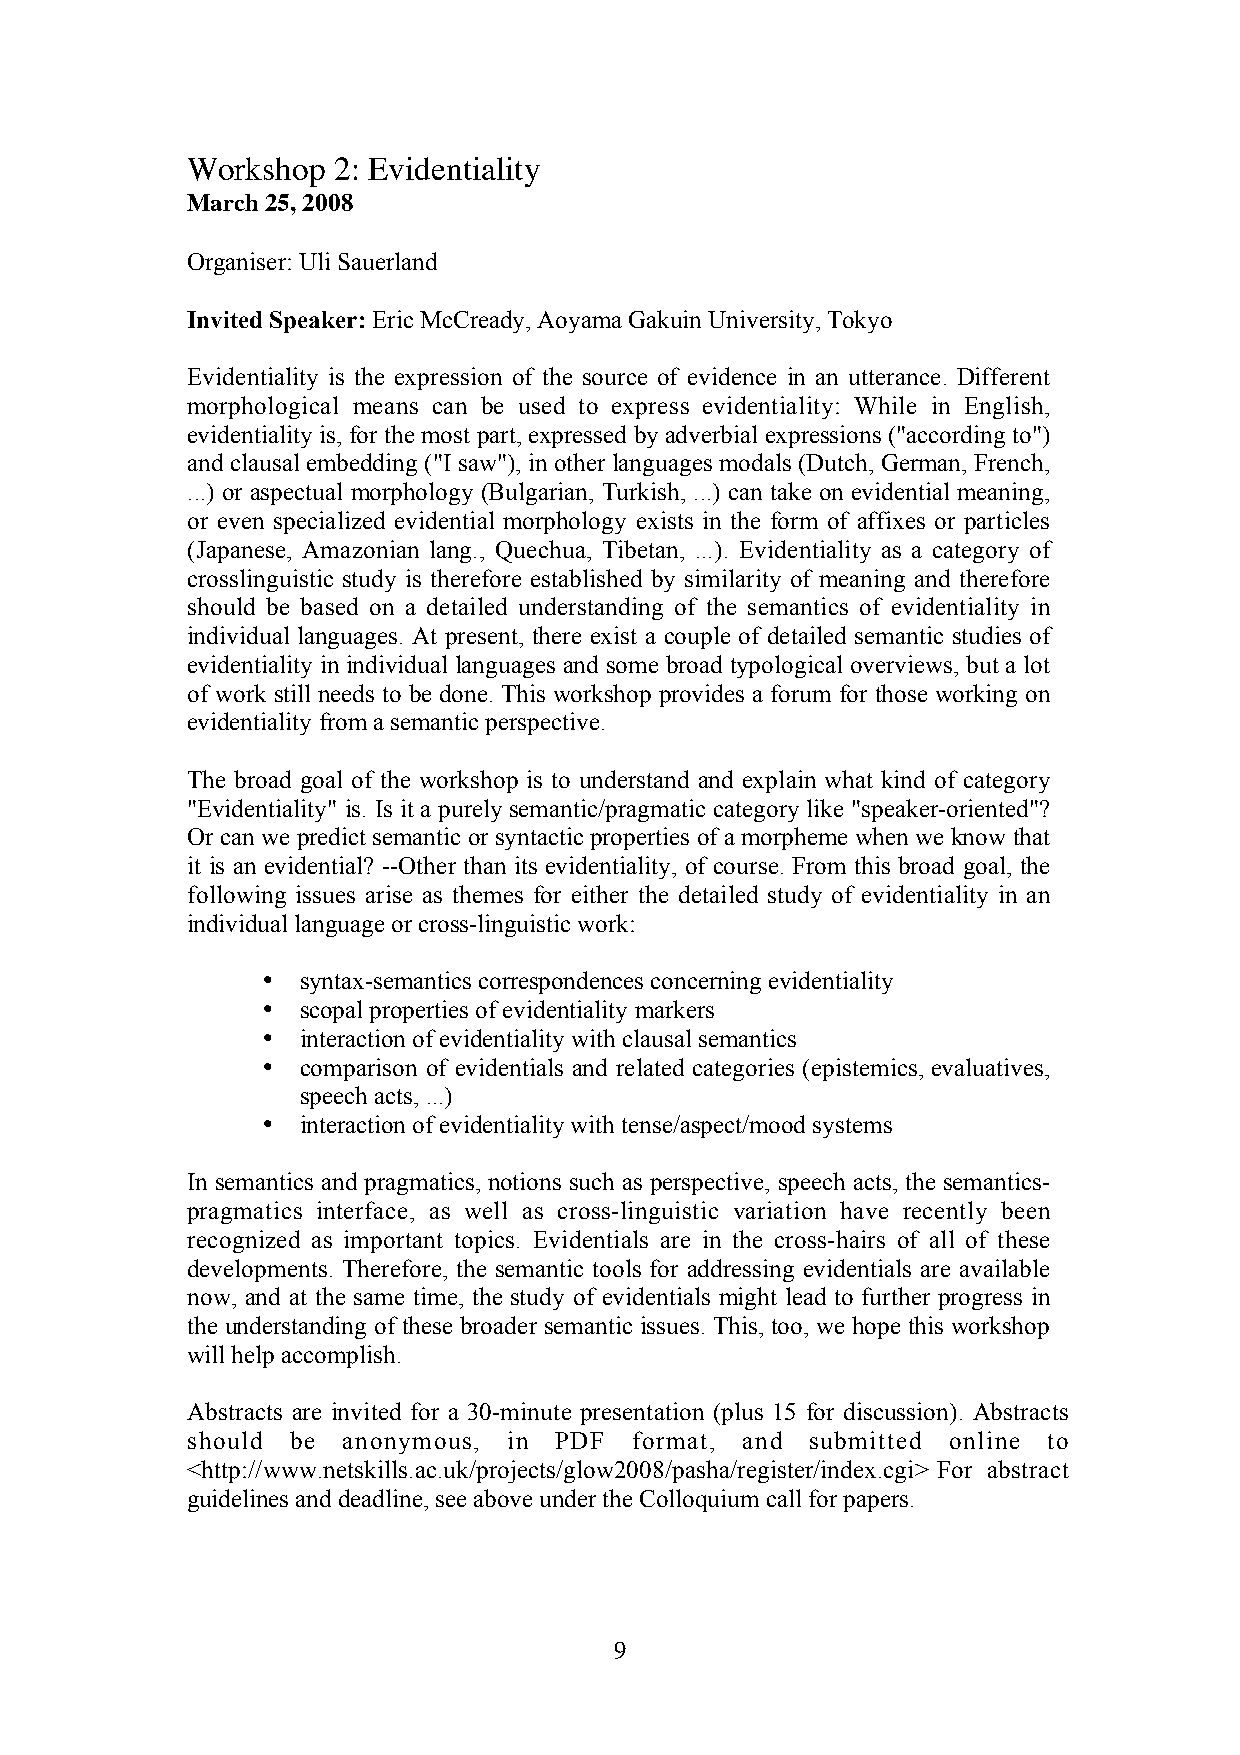
Workshop  2: Evidentiality
 March 25, 2008
 Organiser: Uli Sauerland
 Invited Speaker: Eric McCready, Aoyama Gakuin University, Tokyo
 Evidentiality is the expression of the source of evidence in an utterance. Different
 morphological means can be used to express evidentiality: While in English,
 evidentiality is, for the most part, expressed by adverbial expressions ("according to")
 and clausal embedding ("I saw"), in other languages modals (Dutch, German, French,
 ...) or aspectual morphology (Bulgarian, Turkish, ...) can take on evidential meaning,
 or even specialized evidential morphology exists in the form of affixes or particles
 (Japanese, Amazonian lang., Quechua, Tibetan, ...). Evidentiality as a category of
 crosslinguistic study is therefore established by similarity of meaning and therefore
 should be based on a detailed understanding of the semantics of evidentiality in
 individual languages. At present, there exist a couple of detailed semantic studies of
 evidentiality in individual languages and some broad typological overviews, but a lot
 of work still needs to be done. This workshop provides a forum for those working on
 evidentiality from a semantic perspective.
 The broad goal of the workshop is to understand and explain what kind of category
 "Evidentiality" is. Is it a purely semantic/pragmatic category like "speaker-oriented"?
 Or can we predict semantic or syntactic properties of a morpheme when we know that
 it is an evidential? --Other than its evidentiality, of course. From this broad goal, the
 following issues arise as themes for either the detailed study of evidentiality in an
 individual language or cross-linguistic work:
 •  syntax-semantics correspondences concerning evidentiality
 •  scopal properties of evidentiality markers
 •  interaction of evidentiality with clausal semantics
 •  comparison of evidentials and related categories (epistemics, evaluatives,
 speech acts, ...)
 •  interaction of evidentiality with tense/aspect/mood systems
 In semantics and pragmatics, notions such as perspective, speech acts, the semantics-
 pragmatics interface, as well as cross-linguistic variation have recently been
 recognized as important topics. Evidentials are in the cross-hairs of all of these
 developments. Therefore, the semantic tools for addressing evidentials are available
 now, and at the same time, the study of evidentials might lead to further progress in
 the understanding of these broader semantic issues. This, too, we hope this workshop
 will help accomplish.
 Abstracts are invited for a 30-minute presentation (plus 15 for discussion). Abstracts
 should be  anonymous, in PDF  format, and submitted online to
 <http://www.netskills.ac.uk/projects/glow2008/pasha/register/index.cgi> For abstract
 guidelines and deadline, see above under the Colloquium call for papers.
 9